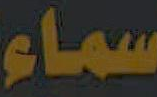
سماء